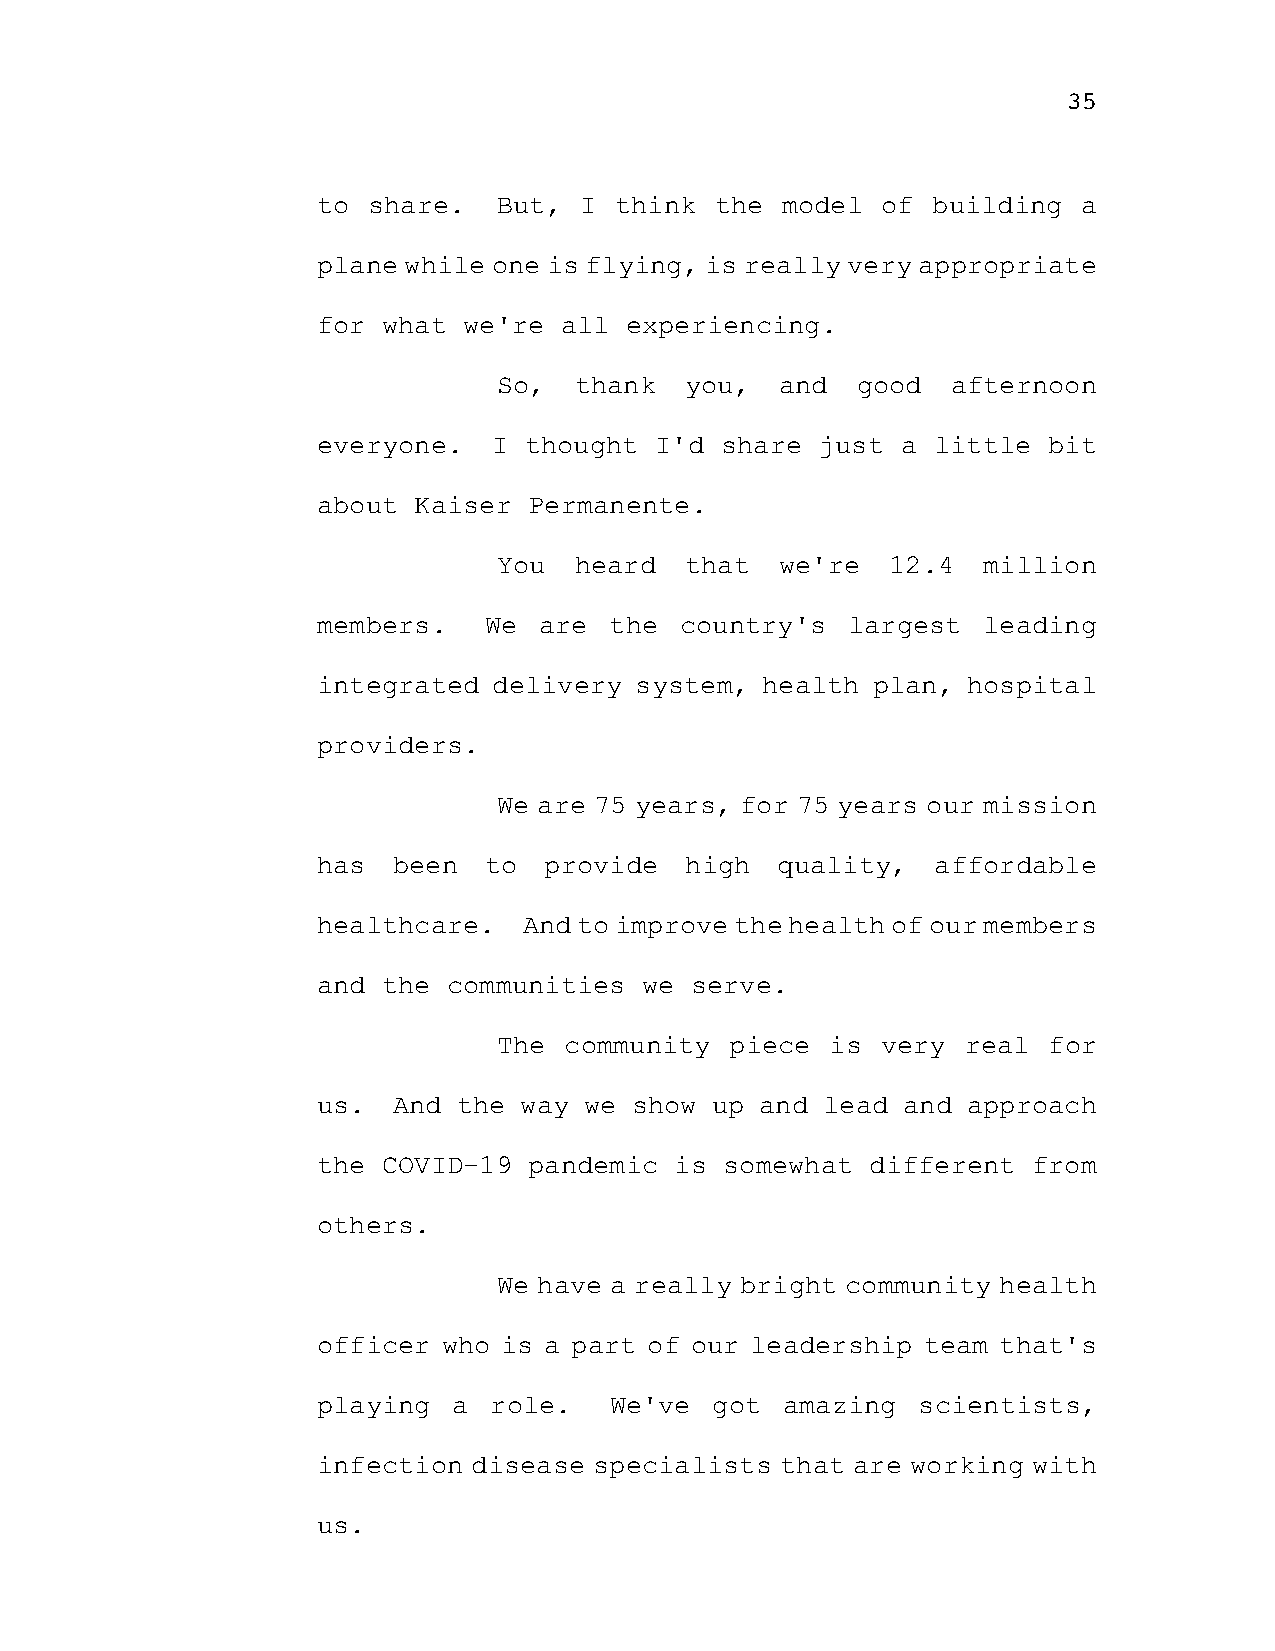
35
 to share.   But, I  think the  model of  building  a
 plane while one is flying, is really very appropriate
 for what  we're all experiencing.
 So,  thank  you,   and  good  afternoon
 everyone.   I thought I'd  share just  a little bit
 about Kaiser  Permanente.
 You  heard  that   we're  12.4  million
 members.   We  are the  country's  largest  leading
 integrated  delivery system, health  plan, hospital
 providers.
 We are 75 years, for 75 years our mission
 has  been  to  provide  high  quality,   affordable
 healthcare.   And to improve the health of our members
 and the  communities  we serve.
 The community  piece  is very  real for
 us.  And the way  we show up and lead  and approach
 the COVID-19  pandemic  is somewhat  different from
 others.
 We have a really bright community health
 officer who is a part of our leadership team that's
 playing  a role.   We've  got  amazing  scientists,
 infection disease specialists  that are working with
 us.